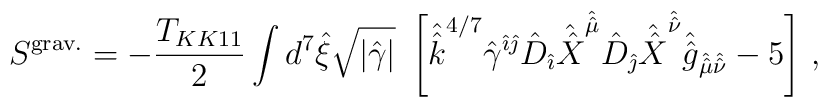
S^{\rm grav.} = -{T_{KK11}\over 2}\int d^{7}\hat{\xi}\sqrt{|\hat{\gamma}|}\ \left[\hat{\hat{k}}^{4/7} \hat{\gamma}^{\hat{\imath}\hat{\jmath}} \hat{D}_{\hat{\imath}}\hat{\hat{X}}^{\hat{\hat{\mu}}}\hat{D}_{\hat{\jmath}}\hat{\hat{X}}^{\hat{\hat{\nu}}}\hat{\hat{g}}_{\hat{\hat{\mu}}\hat{\hat{\nu}}} -5 \right]\, ,